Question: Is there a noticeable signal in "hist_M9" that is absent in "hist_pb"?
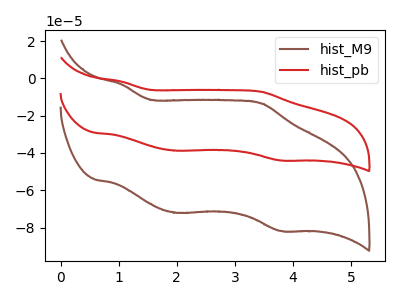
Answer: <think>The brown curve "hist_M9" has anodic peaks at (1.05V, -3.25uA) (3.45V, -13.55uA) and cathodic peaks at (2.00V, -72.05uA) (3.80V, -81.85uA). The red curve "hist_pb" has anodic peaks at (1.05V, -1.75uA) (3.45V, -7.30uA) and cathodic peaks at (2.00V, -38.80uA) (3.80V, -44.00uA).
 All the peaks in "hist_M9" have a peak in "hist_pb" at the same potential.</think>
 <answer>No, "hist_M9" and "hist_pb" don't appear to be significantly different in shape</answer>
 <eval>no_change</eval>